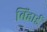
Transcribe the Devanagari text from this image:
बिंहाई